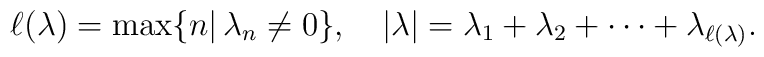
\ell(\lambda ) = \max \{n|\,\lambda _n \neq 0\},\quad |\lambda| = \lambda _1 + \lambda _2 +\cdots +\lambda_{\ell(\lambda)}.